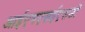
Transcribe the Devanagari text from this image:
आईएनएसईएसडी